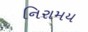
નિરામય